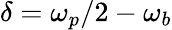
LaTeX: \delta=\omega_{p}/2-\omega_{b}